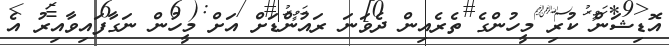
އޮޑިޝަން ކުރި މީހުންގެ ތެރެއިން ދެވަނަ ރައުންޑަށް އަށް މީހުން ނަގާފައިވާއިރު އެ